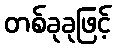
တစ်ခုခုဖြင့်